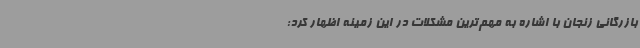
بازرگانی زنجان با اشاره به مهم‌ترین مشکلات در این زمینه اظهار کرد: